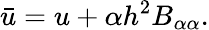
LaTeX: \bar{u}=u+\alpha h^{2}B_{\alpha\alpha}.